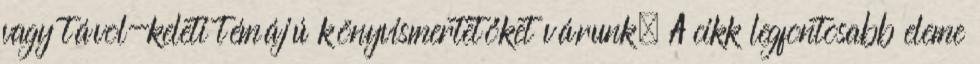
vagy távol-keleti témájú könyvismertetőket várunk. A cikk legfontosabb eleme